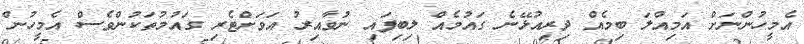
އެމީހުންނަށް އަމިއްލަ ބިމެއް ދިރިއުޅޭނެ ގައުމެއް ލިބިފައި ނުވާއިރު އަވަށްޓެރި ގައުމުތަކުންވެސް އެމީހުން